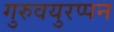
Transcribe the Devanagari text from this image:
गुरुवयुरप्पन